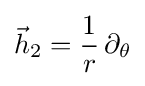
{\vec {h}}_{2}={\frac {1}{r}}\,\partial _{\theta }